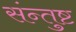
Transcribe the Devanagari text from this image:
संन्तुष्ट